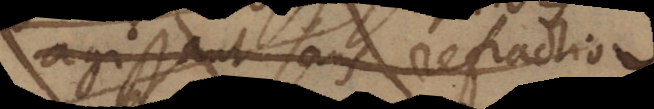
agissant sans refraction